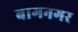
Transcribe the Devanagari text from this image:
बागनगर